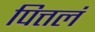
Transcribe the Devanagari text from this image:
पित्तलं